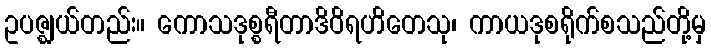
ဥပဇ္ဈယ်တည်း။ ကောသဒုစ္စရီတာဒိဝိရဟိတေသု၊ ကာယဒုစရိုက်စသည်တို့မှ